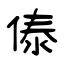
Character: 傣